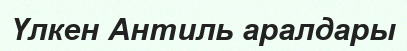
Үлкен Антиль аралдары